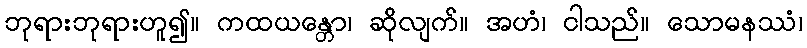
ဘုရားဘုရားဟူ၍။ ကထယန္တော၊ ဆိုလျက်။ အဟံ၊ ငါသည်။ သောမနဿံ၊